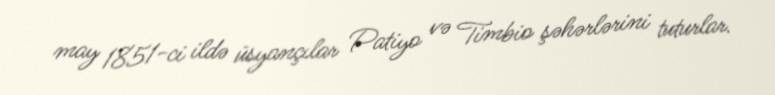
may 1851-ci ildə üsyançılar Patiyo və Timbio şəhərlərini tuturlar.